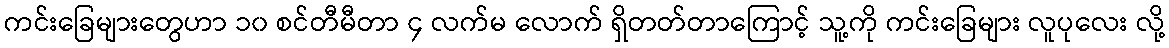
ကင်းခြေများတွေဟာ ၁၀ စင်တီမီတာ ၄ လက်မ လောက် ရှိတတ်တာကြောင့် သူ့ကို ကင်းခြေများ လူပုလေး လို့